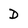
Character: D